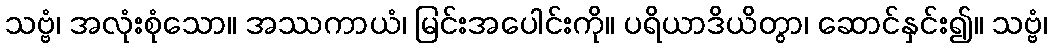
သဗ္ဗံ၊ အလုံးစုံသော။ အဿကာယံ၊ မြင်းအပေါင်းကို။ ပရိယာဒိယိတွာ၊ ဆောင်နှင်း၍။ သဗ္ဗံ၊